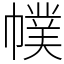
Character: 幞